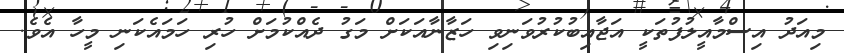
މިއަދު އިސްމާއީލުފުތަކީ އަޖާއިބުކުރުވަނިވި ހަޒާނާއަކަށް މަގު ދެއްކުމަށް ހުރި ހަމައެކަނި މީހާ އެވެ.